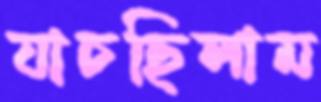
যাচছিলাম